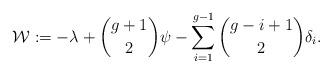
LaTeX: \begin{align*}\mathcal{W} := -\lambda + \binom{g+1}{2} \psi - \sum_{i=1}^{g-1} \binom{g-i+1}{2} \delta_i.\end{align*}